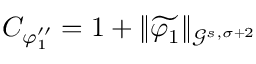
C _ { \varphi _ { 1 } ^ { \prime \prime } } = 1 + \| \widetilde { \varphi _ { 1 } } \| _ { \mathcal { G } ^ { s , \sigma + 2 } }